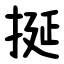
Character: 挻